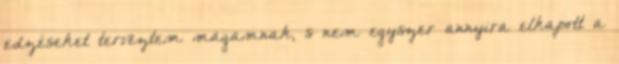
edzéseket terveztem magamnak, s nem egyszer annyira elkapott a